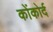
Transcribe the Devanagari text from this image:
कोंकोर्द